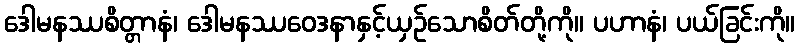
ဒေါမနဿစိတ္တာနံ၊ ဒေါမနဿဝေဒနာနှင့်ယှဉ်သောစိတ်တို့ကို။ ပဟာနံ၊ ပယ်ခြင်းကို။